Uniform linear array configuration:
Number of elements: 32
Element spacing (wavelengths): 0.75
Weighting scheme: hamming
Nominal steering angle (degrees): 60
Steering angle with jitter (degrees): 58.391
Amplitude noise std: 0.05
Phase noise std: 0.05

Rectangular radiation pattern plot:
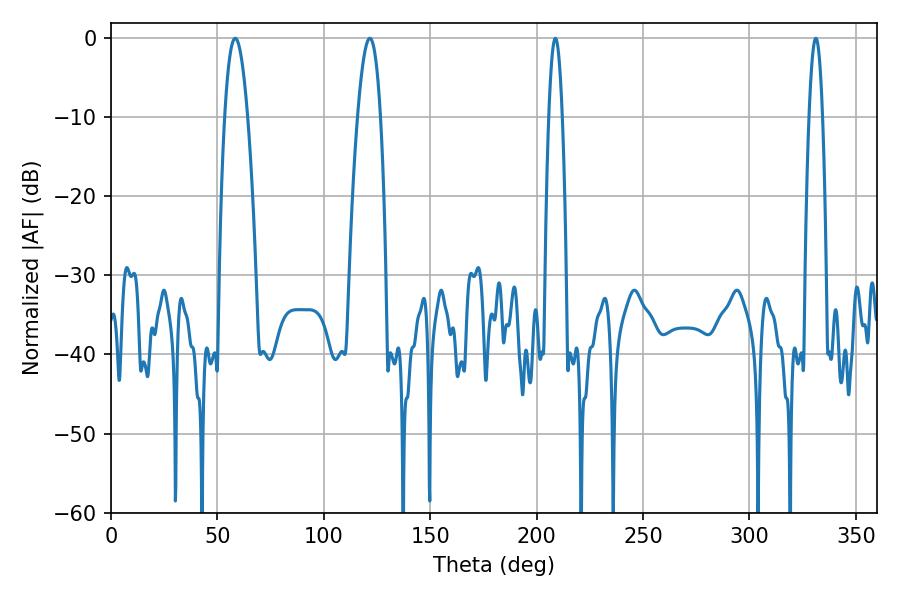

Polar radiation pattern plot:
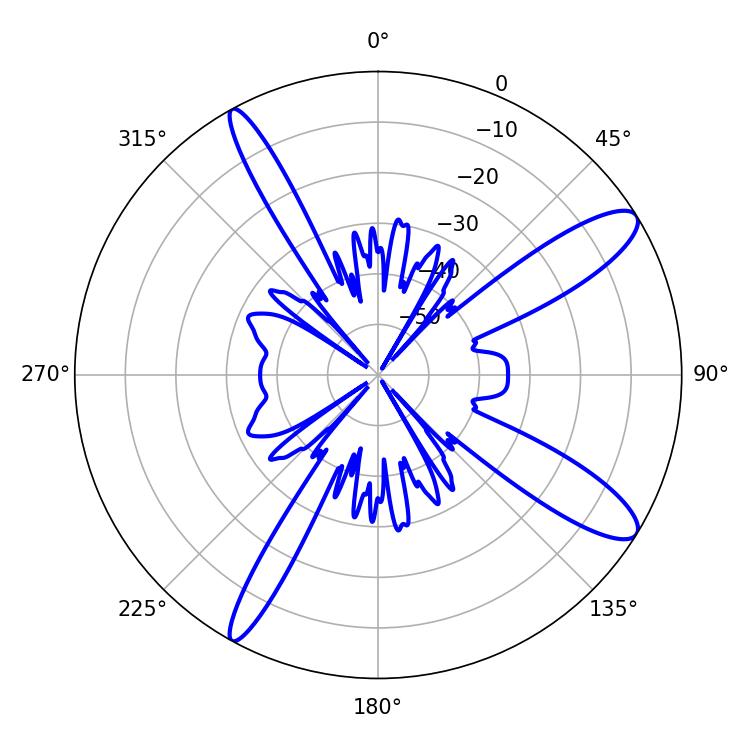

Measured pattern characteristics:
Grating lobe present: TRUE
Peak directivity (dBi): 11.989
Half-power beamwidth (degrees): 3.42
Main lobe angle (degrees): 208.8